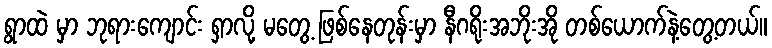
ရွာထဲ မှာ ဘုရားကျောင်း ရှာလို့ မတွေ့ ဖြစ်နေတုန်းမှာ နီဂရိုးအဘိုးအို တစ်ယောက်နဲ့တွေ့တယ်။